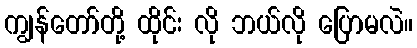
ကျွန်တော်တို့ ထိုင်း လို ဘယ်လို ပြောမလဲ။